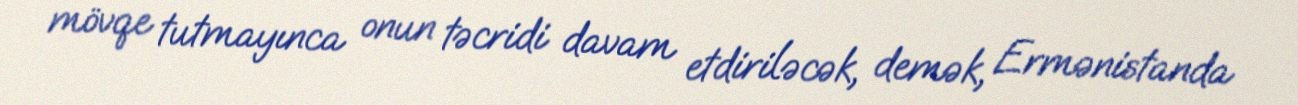
mövqe tutmayınca onun təcridi davam etdiriləcək, demək, Ermənistanda